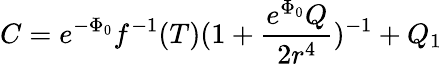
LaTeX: C=e^{-\Phi_{0}}f^{-1}(T)(1+\frac{e^{\Phi_{0}}Q}{2r^{4}})^{-1}+Q_{1}